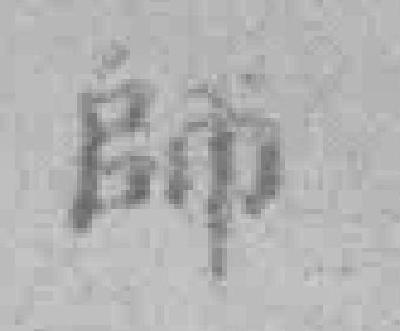
師